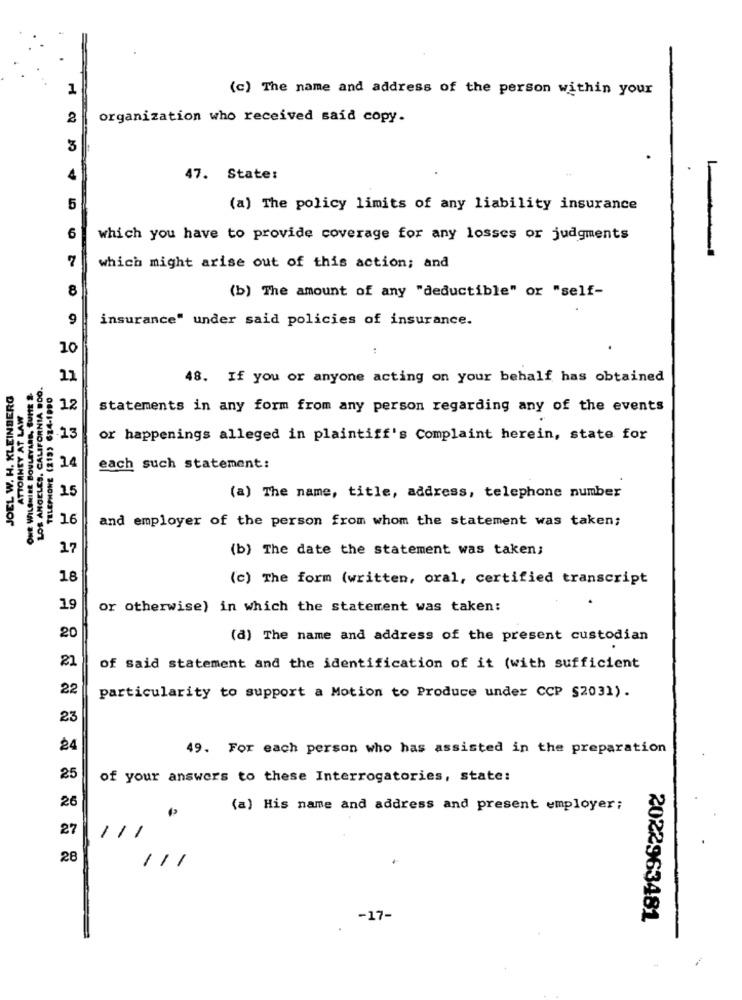
1
(c) The name and address of the person within your
2
organization who received said copy.
3
4
47. State:
5
(a) The policy limits of any liability insurance
6
which you have to provide coverage for any losses or judgments
7
which might arise out of this action; and
8
(b) The amount of any "deductible" or "self-
9
insurance" under said policies of insurance.
10
LOS ANGELES, CALIFORNIA BOO.
11
48. If you or anyone acting on your behalf has obtained
JOEL W. H. KLEINBERG
ATTORNEY AT LAW
ONE WILSHIRE BOULEVARD, SUME
12
statements in any form from any person regarding any of the events
13
or happenings alleged in plaintiff's Complaint herein, state for
24
each such statement:
LOS ANGEL
15
(a) The name, title, address, telephone number
16
and employer of the person from whom the statement was taken;
17
(b) The date the statement was taken;
18
(c) The form (written, oral, certified transcript
19
or otherwise) in which the statement was taken:
20
(a) The name and address of the present custodian
21
of said statement and the identification of it (with sufficient
22
particularity to support a Motion to Produce under CCP §2031).
23
24
49. For each person who has assisted in the preparation
25
of your answers to these Interrogatories, state:
26
(a) His name and address and present employer;
27
111
28
111
-17-
2022963481